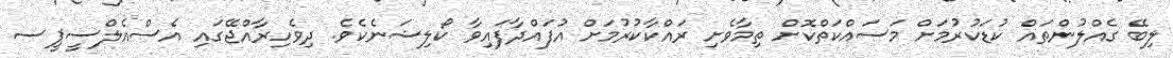
ލިބޭ ގެއްލުންތައް ކުޑަކުރުމަށް މަސައްކަތްކޮށް ތިމާވެށި ރައްކާކުރުމަށް އުފައްދާފައިވާ ކޯލިޝަނެކެވެ. ދިވެހިރާއްޖޭގައި އެސްއެލްސީޕީސ